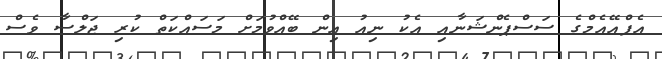
އެފްއޭއެމްގެ ސަސްޕެންޝަނާއި އެކު ނިއު އިން ބޭއްވުމަށް މަސައްކަތް ކުރި ޖަލްސާ ވެސް